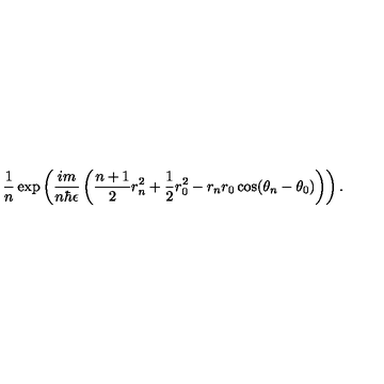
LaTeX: \frac { 1 } { n } \exp \left( \frac { i m } { n \hbar \epsilon } \left( \frac { n + 1 } { 2 } r _ { n } ^ { 2 } + \frac { 1 } { 2 } r _ { 0 } ^ { 2 } - r _ { n } r _ { 0 } \cos ( \theta _ { n } - \theta _ { 0 } ) \right) \right) .